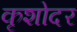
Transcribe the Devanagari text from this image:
कृशोदर